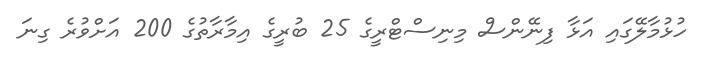
ހުޅުމާލޭގައި އަޅާ ފިނޭންސް މިނިސްޓްރީގެ 25 ބުރީގެ އިމާރާތުގެ 200 އަށްވުރެ ގިނަ